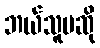
ဘယ်သူမဆို